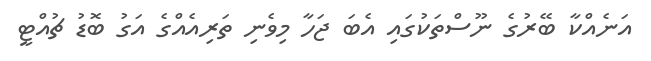
އަނެއްކާ ބޭރުގެ ނޫސްތަކުގައި އެބަ ޖަހާ މިވެނި ތަރިއެއްގެ އަގު ބޮޑު ޗުއްޓީ